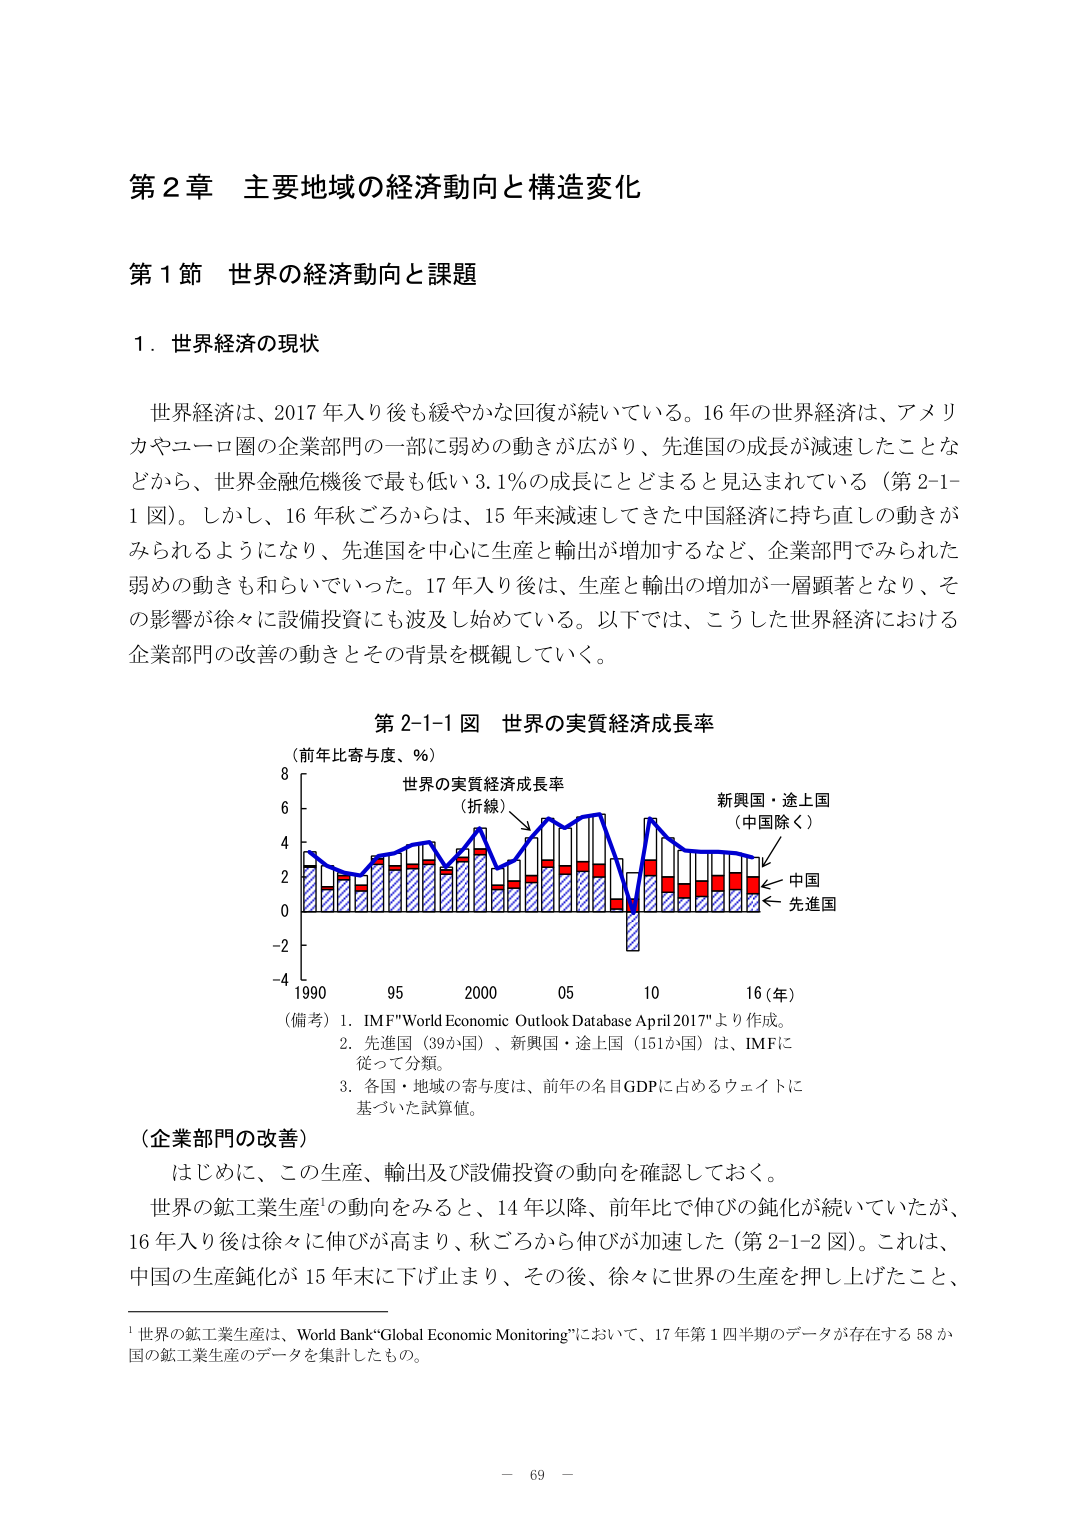
第２章 主要地域の経済動向と構造変化

第１節 世界の経済動向と課題

１．世界経済の現状

世界経済は、2017年入り後も緩やかな回復が続いている。16年の世界経済は、アメリカやユーロ圏の企業部門の一部に弱めの動きが広がり、先進国の成長が減速したことなどから、世界金融危機後で最低い3.1％の成長にとどまると見込まれている（第2-1-1図）。しかし、16年秋ごろからは、15年来減速してきた中国経済に持ち直しの動きがみられるようになり、先進国を中心に生産と輸出が増加するなど、企業部門でみられた弱めの動きも和らいでいった。17年入り後は、生産と輸出の増加が一層顕著となり、その影響が徐々に設備投資にも波及し始めている。以下では、こうした世界経済における企業部門の改善の動きとその背景を概観していく。

第2-1-1図 世界の実質経済成長率

（前年比寄与度、％）

世界の実質経済成長率
（折線）

新興国・途上国
（中国除く）

中国

先進国

（備考）1．IMF"World Economic Outlook Database April 2017"より作成。
2．先進国（39か国）、新興国・途上国（151か国）は、IMFに従って分類。
3．各国・地域の寄与度は、前年の名目GDPに占めるウェイトに基づいた試算値。

（企業部門の改善）

はじめに、この生産、輸出及び設備投資の動向を確認しておく。

世界の鉱工業生産¹の動向をみると、14年以降、前年比で伸びの鈍化が続いていたが、16年入り後は徐々に伸びが高まり、秋ごろから伸びが加速した（第2-1-2図）。これは、中国の生産鈍化が15年末に下げ止まり、その後、徐々に世界の生産を押し上げたこと、

¹世界の鉱工業生産は、World Bank"Global Economic Monitoring"において、17年第1四半期のデータが存在する58か国の鉱工業生産のデータを集計したもの。

－ 69 －